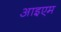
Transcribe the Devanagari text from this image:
आइएम